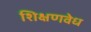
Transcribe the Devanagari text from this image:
शिक्षणवेध